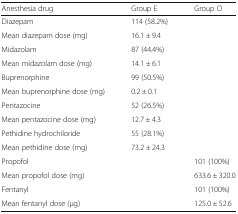
| Anesthesia drug | Group E | Group O |
 | --- | --- | --- |
 | Diazepam | 114 (58.2%) |  |
 | Mean diazepam dose (mg) | 16.1 ± 9.4 |  |
 | Midazolam | 87 (44.4%) |  |
 | Mean midazolam dose (mg) | 14.1 ± 6.1 |  |
 | Buprenorphine | 99 (50.5%) |  |
 | Mean buprenorphine dose (mg) | 0.2 ± 0.1 |  |
 | Pentazocine | 52 (26.5%) |  |
 | Mean pentazocine dose (mg) | 12.7 ± 4.3 |  |
 | Pethidine hydrochiloride | 55 (28.1%) |  |
 | Mean pethidine dose (mg) | 73.2 ± 24.3 |  |
 | Propofol |  | 101 (100%) |
 | Mean propofol dose (mg) |  | 633.6 ± 320.0 |
 | Fentanyl |  | 101 (100%) |
 | Mean fentanyl dose (μg) |  | 125.0 ± 52.6 |